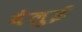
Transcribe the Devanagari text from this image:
वैलुई